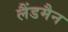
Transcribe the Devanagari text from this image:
लैंडमैन